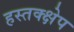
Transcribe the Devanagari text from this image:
हस्तक्क्षेप